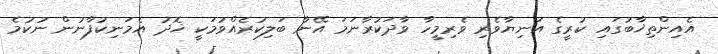
އެއިންތިޚާބުގައި ކުރީގެ އަނިޔާވެރި ވެރިމީހާ ވާދަކުރާނަމަ އޭނާ ބަލިކުރެއްވުމަކީ ޚޮދު އެމަނިކުފާނުން ނުކުމެ